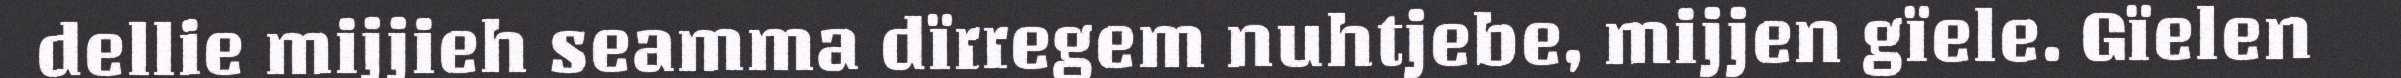
dellie mijjieh seamma dïrregem nuhtjebe, mijjen gïele. Gïelen